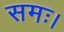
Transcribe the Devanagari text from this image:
समः।